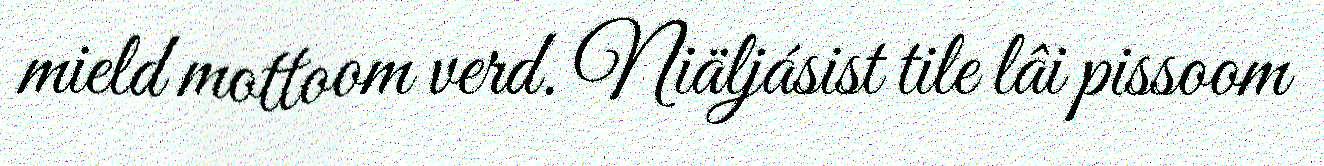
mield mottoom verd. Niäljásist tile lâi pissoom